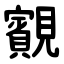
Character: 䚔